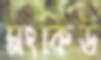
মংকিউ